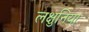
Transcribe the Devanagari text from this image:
लक्षुनिया